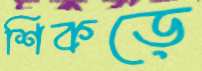
শিকড়ে